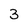
Character: 3